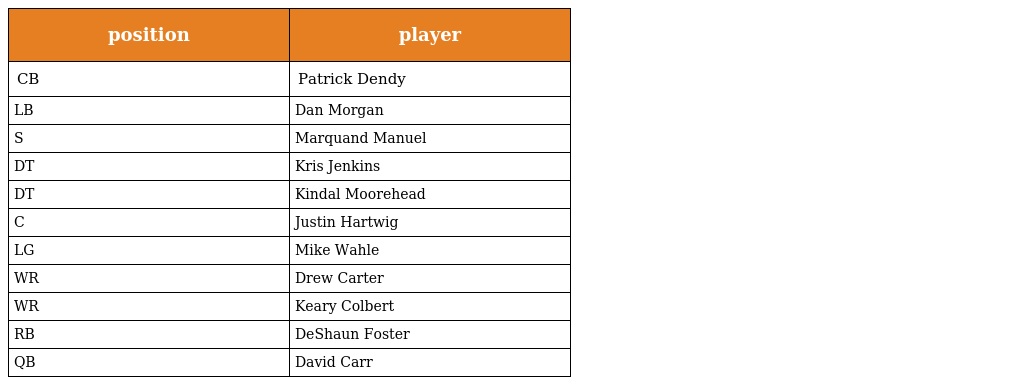
| position | player |
 | --- | --- |
 | CB | Patrick Dendy |
 | LB | Dan Morgan |
 | S | Marquand Manuel |
 | DT | Kris Jenkins |
 | DT | Kindal Moorehead |
 | C | Justin Hartwig |
 | LG | Mike Wahle |
 | WR | Drew Carter |
 | WR | Keary Colbert |
 | RB | DeShaun Foster |
 | QB | David Carr |